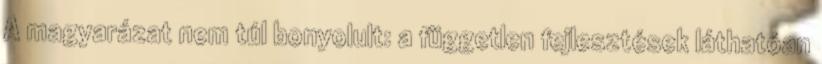
A magyarázat nem túl bonyolult: a független fejlesztések láthatóan